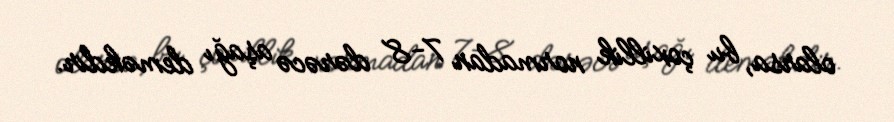
olarsa, bu çoxillik normadan 7-8 dərəcə aşağı deməkdir.